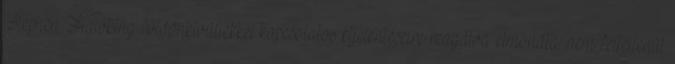
Stephen Hawking földönkívüliekkel kapcsolatos kijelentéseire reagálva elmondta: nem feltétlenül